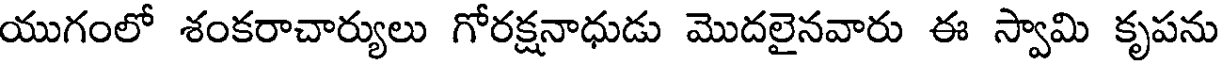
యుగంలో శంకరాచార్యులు గోరక్షనాధుడు మొదలైనవారు ఈ స్వామి కృపను